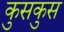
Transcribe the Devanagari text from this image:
कुसकुस